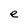
Character: e